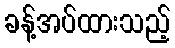
ခန့်အပ်ထားသည့်